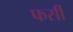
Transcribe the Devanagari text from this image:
फर्सी